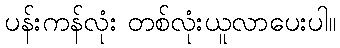
ပန်းကန်လုံး တစ်လုံးယူလာပေးပါ။